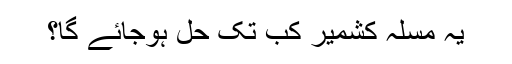
یہ مسلہ کشمیر کب تک حل ہوجائے گا؟